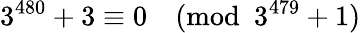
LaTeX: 3^{480}+3\equiv 0{\pmod{3^{479}+1}}